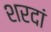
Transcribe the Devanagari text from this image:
शरदां